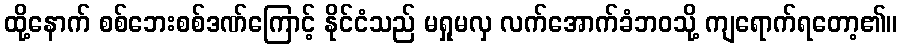
ထို့နောက် စစ်ဘေးစစ်ဒဏ်ကြောင့် နိုင်ငံသည် မရှုမလှ လက်အောက်ခံဘဝသို့ ကျရောက်ရတော့၏။